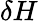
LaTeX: \delta H